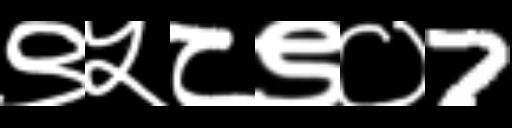
Text: ९५८९०7